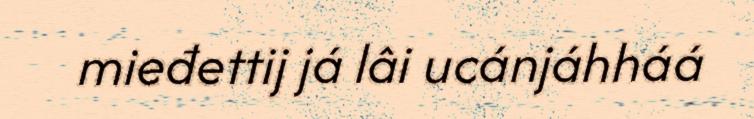
mieđettij já lâi ucánjáhháá